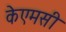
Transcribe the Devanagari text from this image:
केएमसी